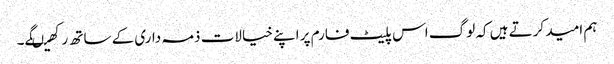
ہم امید کرتے ہیں کہ لوگ اس پلیٹ فارم پر اپنے خیالات ذمہ داری کے ساتھ رکھیںگے۔